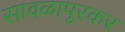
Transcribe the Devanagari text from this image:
सावळापूरकर